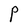
Character: P